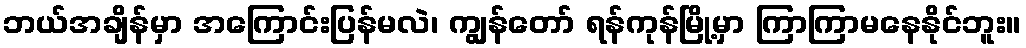
ဘယ်အချိန်မှာ အကြောင်းပြန်မလဲ၊ ကျွန်တော် ရန်ကုန်မြို့မှာ ကြာကြာမနေနိုင်ဘူး။